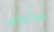
سأنظف